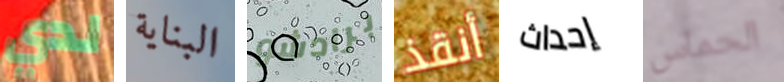
لدي البناية برادشو أنقذ إحداث الحماس